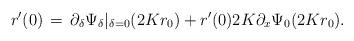
LaTeX: \begin{align*}r^{ \prime}(0)\, =\, \partial_{ \delta} \Psi_{ \delta}\vert_{ \delta=0}(2Kr_{ 0}) + r^{ \prime}(0) 2K \partial_{ x}\Psi_{ 0}(2Kr_{ 0}).\end{align*}